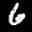
Label: 6